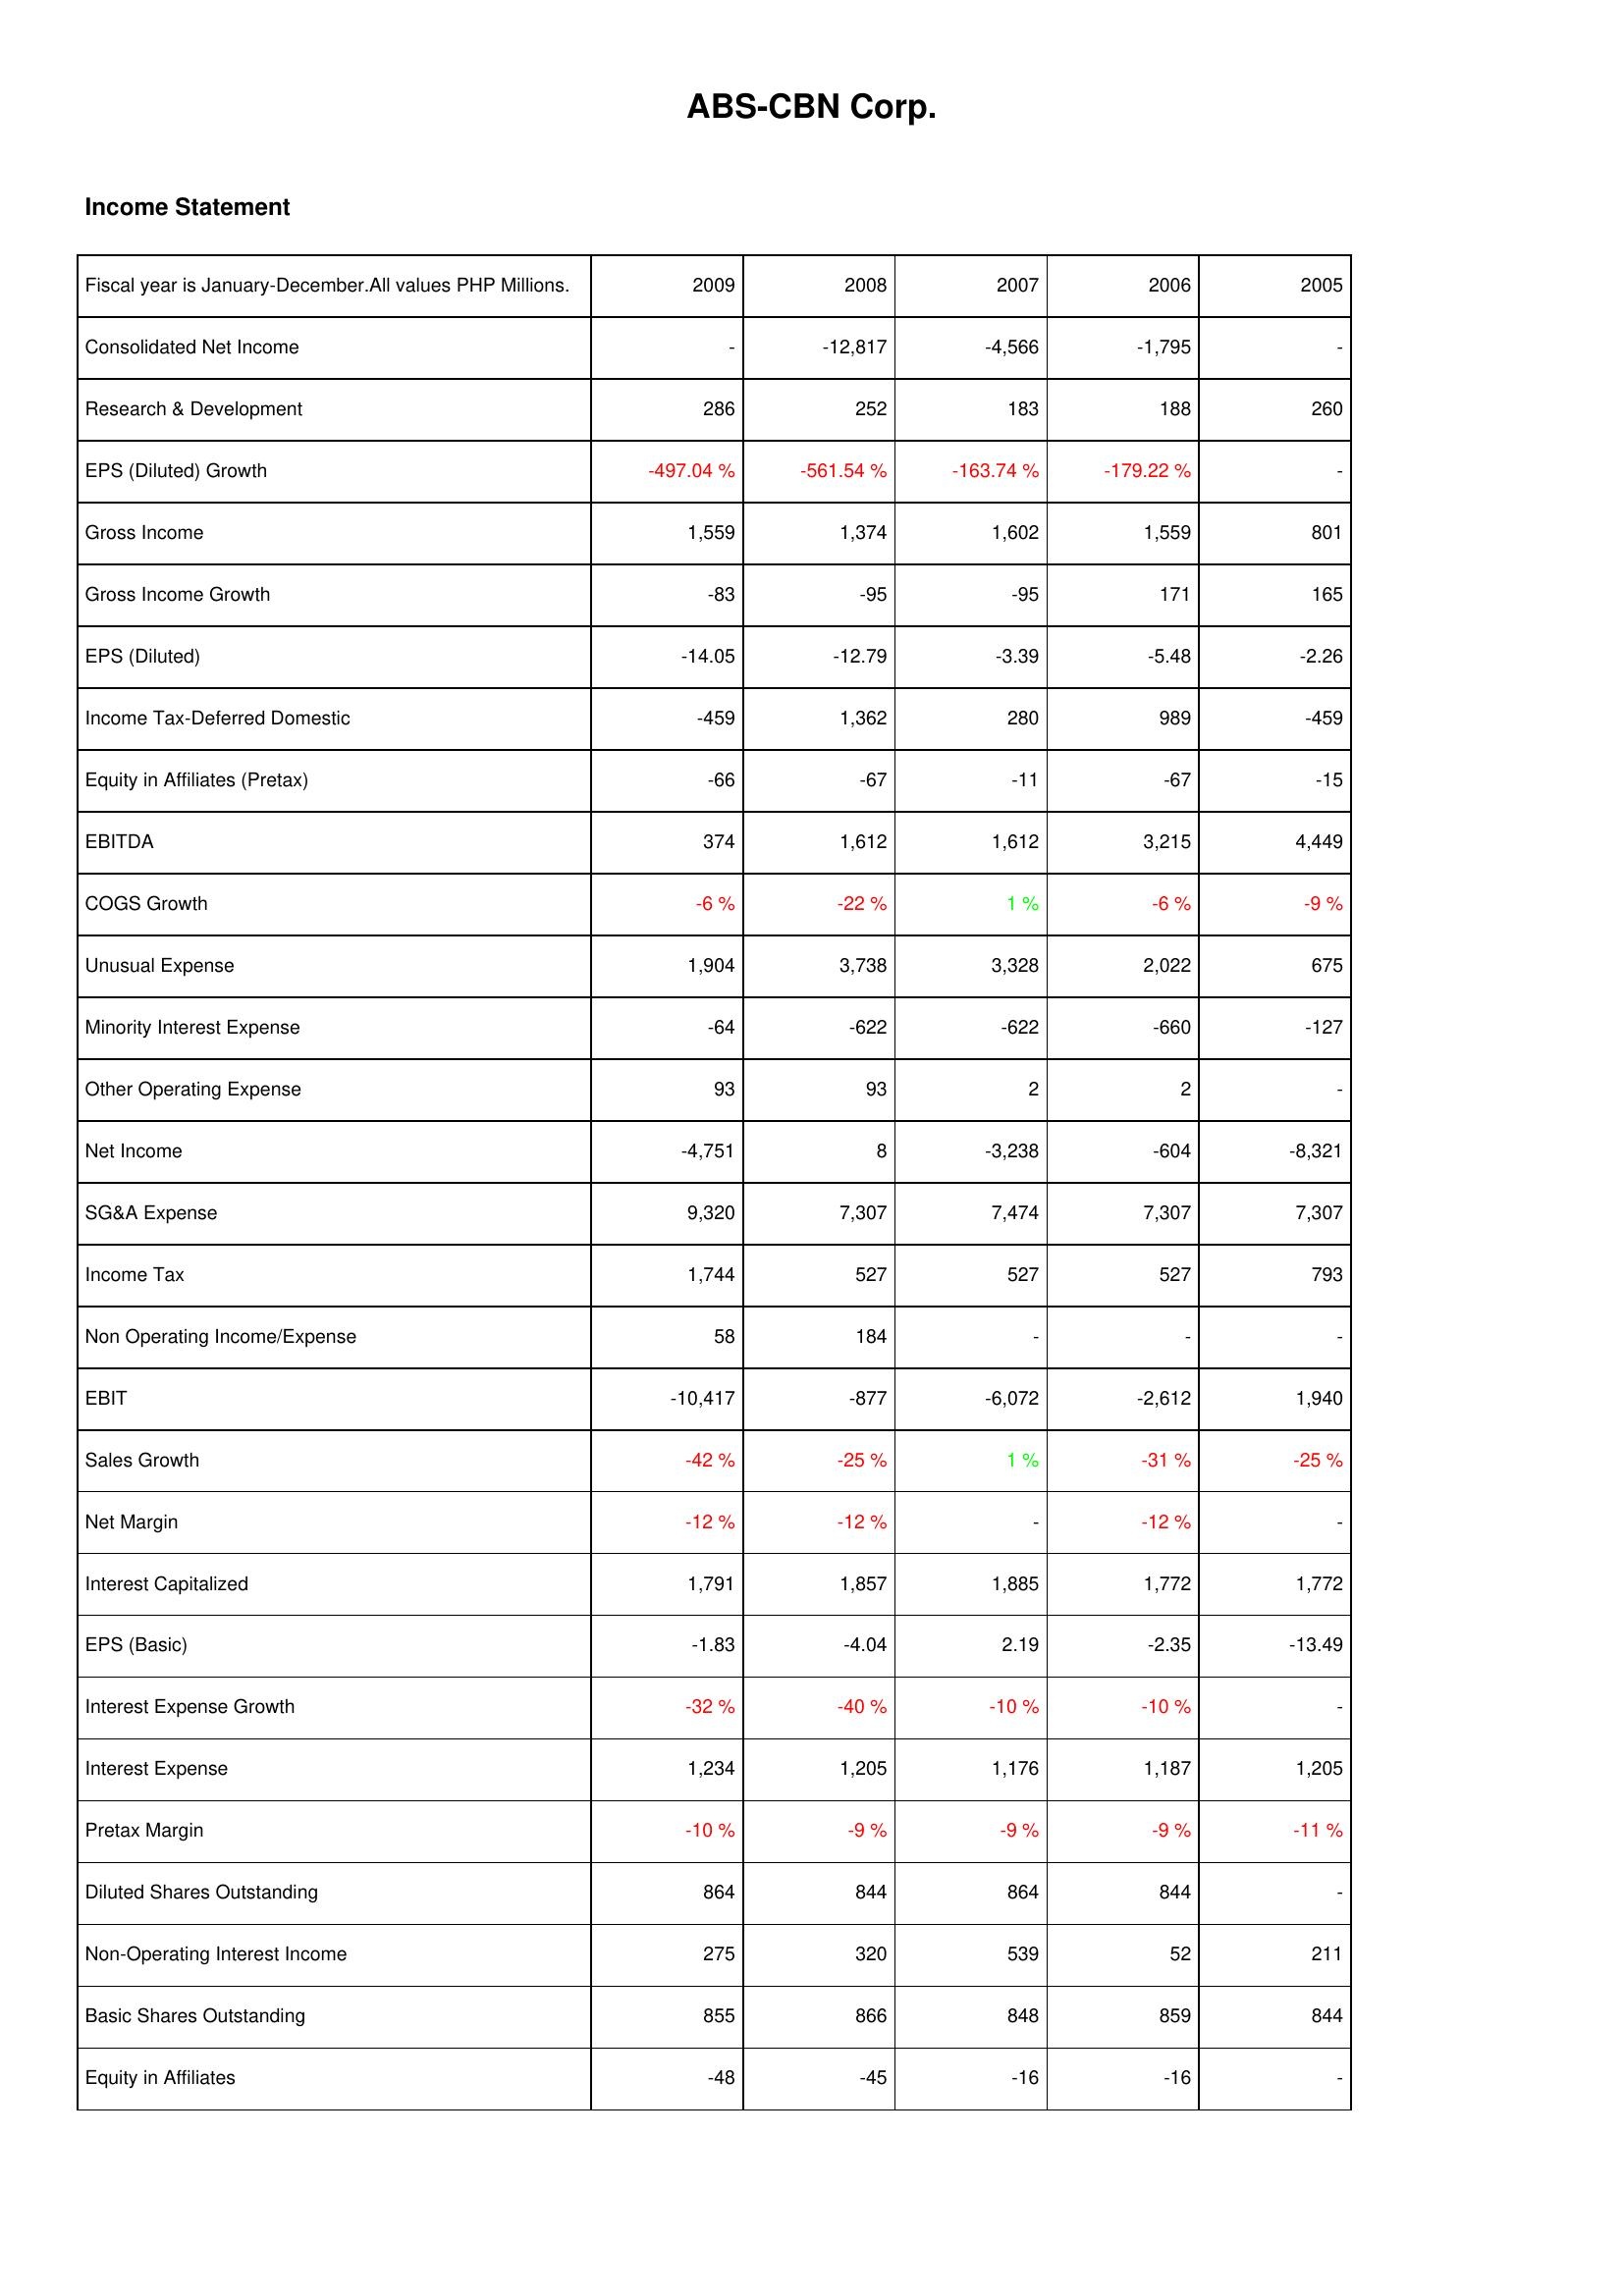
2009: Income Statement: Consolidated Net Income: -
Research & Development: 286
EPS (Diluted) Growth: -497.04 %
Gross Income: 1,559
Gross Income Growth: -83
EPS (Diluted): -14.05
Income Tax-Deferred Domestic: -459
Equity in Affiliates (Pretax): -66
EBITDA: 374
COGS Growth: -6 %
Unusual Expense: 1,904
Minority Interest Expense: -64
Other Operating Expense: 93
Net Income: -4,751
SG&A Expense: 9,320
Income Tax: 1,744
Non Operating Income/Expense: 58
EBIT: -10,417
Sales Growth: -42 %
Net Margin: -12 %
Interest Capitalized: 1,791
EPS (Basic): -1.83
Interest Expense Growth: -32 %
Interest Expense: 1,234
Pretax Margin: -10 %
Diluted Shares Outstanding: 864
Non-Operating Interest Income: 275
Basic Shares Outstanding: 855
Equity in Affiliates: -48
2008: Income Statement: Consolidated Net Income: -12,817
Research & Development: 252
EPS (Diluted) Growth: -561.54 %
Gross Income: 1,374
Gross Income Growth: -95
EPS (Diluted): -12.79
Income Tax-Deferred Domestic: 1,362
Equity in Affiliates (Pretax): -67
EBITDA: 1,612
COGS Growth: -22 %
Unusual Expense: 3,738
Minority Interest Expense: -622
Other Operating Expense: 93
Net Income: 8
SG&A Expense: 7,307
Income Tax: 527
Non Operating Income/Expense: 184
EBIT: -877
Sales Growth: -25 %
Net Margin: -12 %
Interest Capitalized: 1,857
EPS (Basic): -4.04
Interest Expense Growth: -40 %
Interest Expense: 1,205
Pretax Margin: -9 %
Diluted Shares Outstanding: 844
Non-Operating Interest Income: 320
Basic Shares Outstanding: 866
Equity in Affiliates: -45
2007: Income Statement: Consolidated Net Income: -4,566
Research & Development: 183
EPS (Diluted) Growth: -163.74 %
Gross Income: 1,602
Gross Income Growth: -95
EPS (Diluted): -3.39
Income Tax-Deferred Domestic: 280
Equity in Affiliates (Pretax): -11
EBITDA: 1,612
COGS Growth: 1 %
Unusual Expense: 3,328
Minority Interest Expense: -622
Other Operating Expense: 2
Net Income: -3,238
SG&A Expense: 7,474
Income Tax: 527
Non Operating Income/Expense: -
EBIT: -6,072
Sales Growth: 1 %
Net Margin: -
Interest Capitalized: 1,885
EPS (Basic): 2.19
Interest Expense Growth: -10 %
Interest Expense: 1,176
Pretax Margin: -9 %
Diluted Shares Outstanding: 864
Non-Operating Interest Income: 539
Basic Shares Outstanding: 848
Equity in Affiliates: -16
2006: Income Statement: Consolidated Net Income: -1,795
Research & Development: 188
EPS (Diluted) Growth: -179.22 %
Gross Income: 1,559
Gross Income Growth: 171
EPS (Diluted): -5.48
Income Tax-Deferred Domestic: 989
Equity in Affiliates (Pretax): -67
EBITDA: 3,215
COGS Growth: -6 %
Unusual Expense: 2,022
Minority Interest Expense: -660
Other Operating Expense: 2
Net Income: -604
SG&A Expense: 7,307
Income Tax: 527
Non Operating Income/Expense: -
EBIT: -2,612
Sales Growth: -31 %
Net Margin: -12 %
Interest Capitalized: 1,772
EPS (Basic): -2.35
Interest Expense Growth: -10 %
Interest Expense: 1,187
Pretax Margin: -9 %
Diluted Shares Outstanding: 844
Non-Operating Interest Income: 52
Basic Shares Outstanding: 859
Equity in Affiliates: -16
2005: Income Statement: Consolidated Net Income: -
Research & Development: 260
EPS (Diluted) Growth: -
Gross Income: 801
Gross Income Growth: 165
EPS (Diluted): -2.26
Income Tax-Deferred Domestic: -459
Equity in Affiliates (Pretax): -15
EBITDA: 4,449
COGS Growth: -9 %
Unusual Expense: 675
Minority Interest Expense: -127
Other Operating Expense: -
Net Income: -8,321
SG&A Expense: 7,307
Income Tax: 793
Non Operating Income/Expense: -
EBIT: 1,940
Sales Growth: -25 %
Net Margin: -
Interest Capitalized: 1,772
EPS (Basic): -13.49
Interest Expense Growth: -
Interest Expense: 1,205
Pretax Margin: -11 %
Diluted Shares Outstanding: -
Non-Operating Interest Income: 211
Basic Shares Outstanding: 844
Equity in Affiliates: -